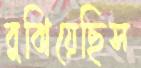
বুঝিয়েছিস